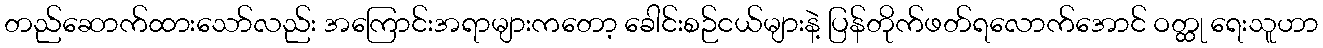
တည်ဆောက်ထားသော်လည်း အကြောင်းအရာများကတော့ ခေါင်းစဉ်ငယ်များနဲ့ ပြန်တိုက်ဖတ်ရလောက်အောင် ဝတ္ထု ရေးသူဟာ